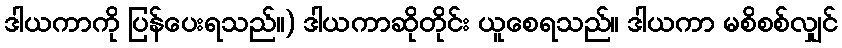
ဒါယကာကို ပြန်ပေးရသည်။) ဒါယကာဆိုတိုင်း ယူစေရသည်။ ဒါယကာ မစိစစ်လျှင်